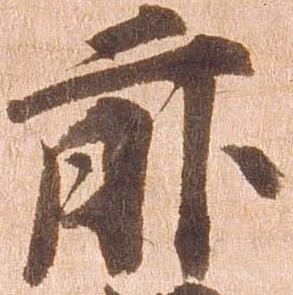
前